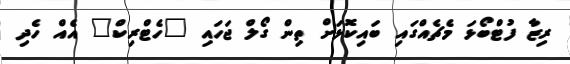
ރިޒާ ފުޓްބޯޅަ މެޗެއްގައި ބައިކޮޅަށް ތިން ގޯލް ޖަހައި "ހެޓްރިކް" އެއް ހެދި